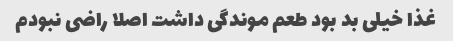
غذا خیلی بد بود طعم موندگی داشت اصلا راضی نبودم